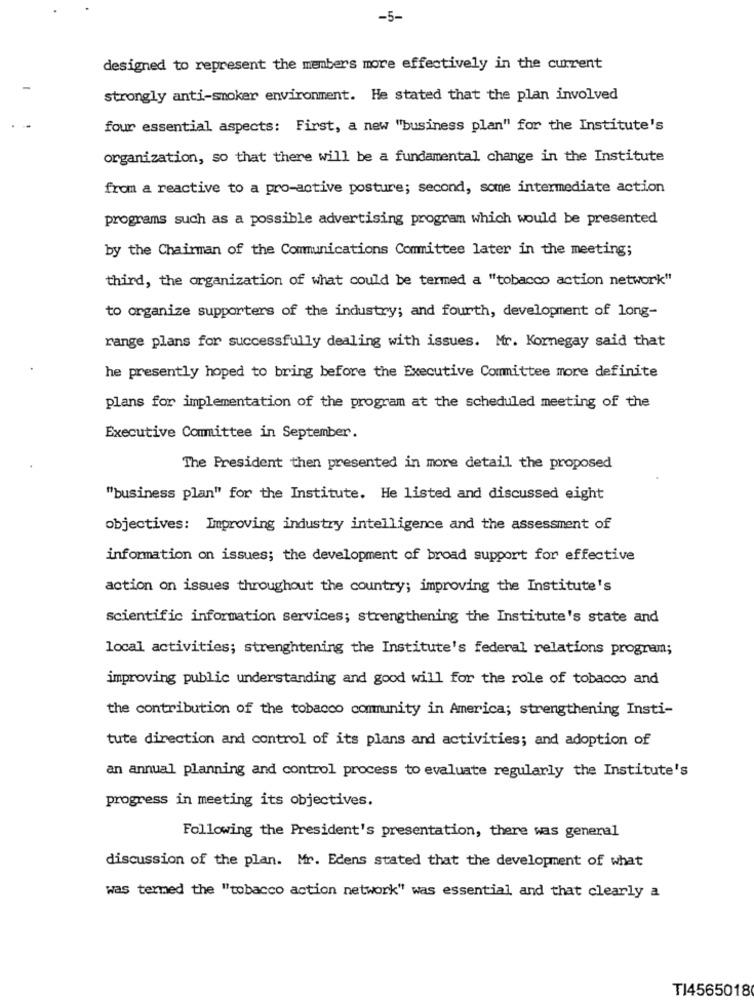
-5-
designed to represent the members more effectively in the current
strongly anti-smoker environment. He stated that the plan involved
four essential aspects: First, a new "business plan" for the Institute's
organization, so that there will be a fundamental change in the Institute
from a reactive to a pro-active posture; second, some intermediate action
programs such as a possible advertising program which would be presented
by the Chairman of the Communications Committee later in the meeting;
third, the organization of what could be termed a "tobacco action network"
to organize supporters of the industry; and fourth, development of long-
range plans for successfully dealing with issues. Mr. Kornegay said that
he presently hoped to bring before the Executive Committee more definite
plans for implementation of the program at the scheduled meeting of the
Executive Committee in September.
The President then presented in more detail the proposed
"business plan" for the Institute. He listed and discussed eight
objectives: Improving industry intelligence and the assessment of
information on issues; the development of broad support for effective
action on issues throughout the country; improving the Institute's
scientific information services; strengthening the Institute's state and
local activities; strenghtening the Institute's federal relations program;
improving public understanding and good will for the role of tobacco and
the contribution of the tobacco community in America; strengthening Insti-
tute direction and control of its plans and activities; and adoption of
an annual planning and control process to evaluate regularly the Institute's
progress in meeting its objectives.
Following the President's presentation, there was general
discussion of the plan. Mr. Edens stated that the development of what
was termed the "tobacco action network" was essential and that clearly a
TI4565018